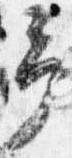
予